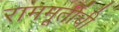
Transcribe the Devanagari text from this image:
राममूर्तीची